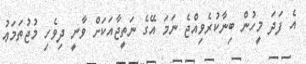
އެ ފަދަ މީހުން ބިނާކުރެވިއްޖެ ނަމަ އޭގެ ނަތީޖާއަކަށް ވާނީ ދިވެހި މުޖުތަމަޢު